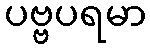
ပဗ္ဗပရမာ